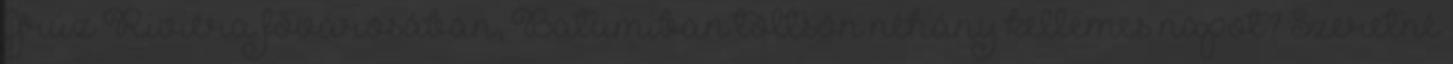
Grúz Riviéra fővárosában, Batumiban töltsön néhány kellemes napot? Szeretné